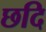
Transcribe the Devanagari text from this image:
छदि